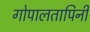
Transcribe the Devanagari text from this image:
गोपालतापिनी